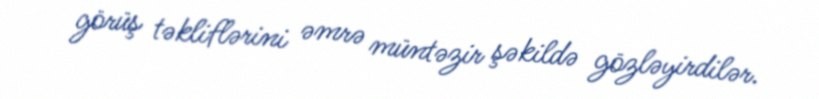
görüş təkliflərini əmrə müntəzir şəkildə gözləyirdilər.